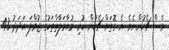
ވެސް ޗެކުންނެވެ. އެ ގޮތަށް ޗެކުން ކުރި މުއާމަލާތްތަކުގެ ޖުމްލަ އަދަދު 43